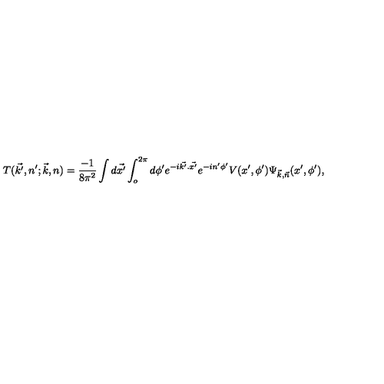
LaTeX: T ( \vec { k ^ { \prime } } , n ^ { \prime } ; \vec { k } , n ) = \frac { - 1 } { 8 \pi ^ { 2 } } \int d \vec { x ^ { \prime } } \int _ { o } ^ { 2 \pi } d \phi ^ { \prime } e ^ { - i \vec { k ^ { \prime } } . \vec { x ^ { \prime } } } e ^ { - i n ^ { \prime } \phi ^ { \prime } } V ( x ^ { \prime } , \phi ^ { \prime } ) \Psi _ { \vec { k } , \vec { n } } ( x ^ { \prime } , \phi ^ { \prime } ) ,